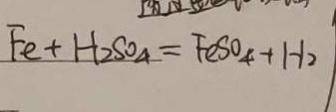
F e + H _ { 2 } S O _ { 4 } = F e S O _ { 4 } + H _ { 2 } \uparrow